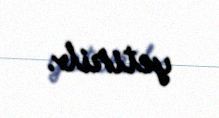
yetirib.